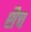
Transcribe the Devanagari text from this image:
शैच